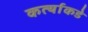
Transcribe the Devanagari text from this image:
कर्त्याकडे